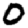
Digit: 0